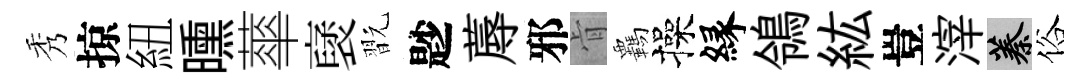
秀掠紐曛蕐裦翫尟蓐邪肻覊操縁鴒紘豈滓蓁俗